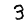
Digit: 3